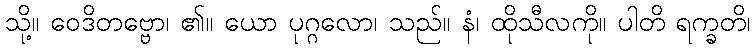
သို့။ ဝေဒိတဗ္ဗော၊ ၏။ ယော ပုဂ္ဂလော၊ သည်။ နံ၊ ထိုသီလကို။ ပါတိ ရက္ခတိ၊